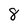
Character: 8